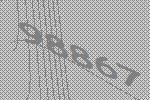
98867